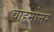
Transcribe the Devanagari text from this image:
वाहनोत्तर